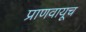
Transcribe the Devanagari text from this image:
प्राणवायूच